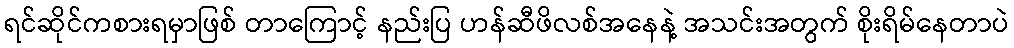
ရင်ဆိုင်ကစားရမှာဖြစ် တာကြောင့် နည်းပြ ဟန်ဆီဖိလစ်အနေနဲ့ အသင်းအတွက် စိုးရိမ်နေတာပဲ